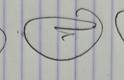
Signature authenticity: genuine